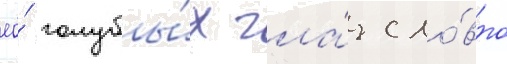
ео́ голубы́х гла́з сло́вно